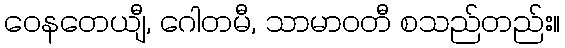
ဝေနတေယျီ, ဂေါတမီ, သာမာဝတီ စသည်တည်း။